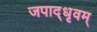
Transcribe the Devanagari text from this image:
जपाद्‌धृवम्